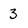
Character: 3